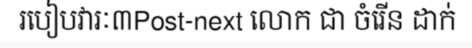
របៀបវារៈ៣Post-next លោក ជា ចំរើន ដាក់